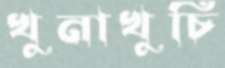
খুনাখুচি